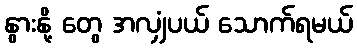
နွားနို့ တွေ အလျှံပယ် သောက်ရမယ်